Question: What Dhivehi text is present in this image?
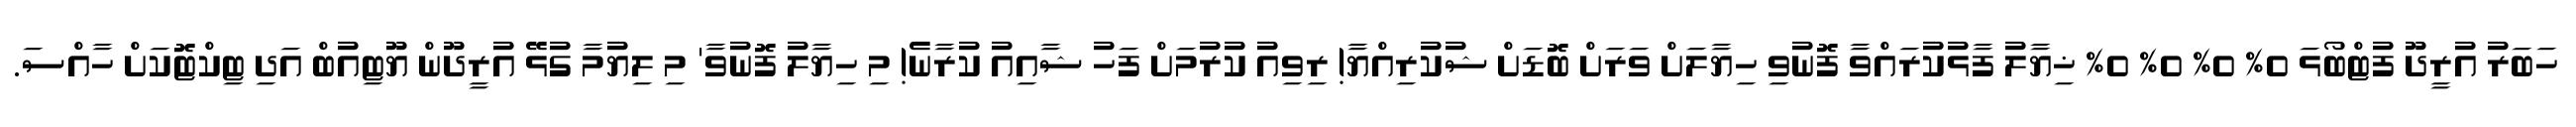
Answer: ހަބަރު އުރީދޫ ފުޓްބޯޅަ 0% 0% 0% 0% ޚިޔާލު ފާޅުކުރައްވާ ފޮނުވި ހިޔާލަށް ވަރަށް ބޮޑަށް ޝުކުރިއްޔާ! ރިވިއު ކުރުމަށް ފަހު ޝާއިއު ކުރާނެ! މި ހިޔާލު ފޮނުވާ' މި ލިޔުމާ ގުޅޭ އުރީދޫން ޔޫޓިއުބް އަދި ޓިކްޓޮކަށް ހާއްސަ.